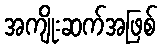
အကျိုးဆက်အဖြစ်